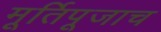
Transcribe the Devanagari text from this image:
मूर्तिपूजाच